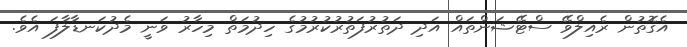
އެގޮތުން ރެއިލްވޭ ސްޓޭޝަންތައް އަދި ދަތުރުފަތުރުކުރުމުގެ ހިދުމަތް މިހާރު ވަނީ މެދުކަނޑާލާފަ އެވެ.